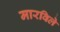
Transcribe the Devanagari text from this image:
मारविले